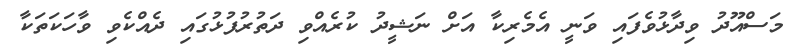
މަސްއޫދު ވިދާޅުވެފައި ވަނީ އެމެރިކާ އަށް ނަޝީދު ކުރެއްވި ދަތުރުފުޅުގައި ދެއްކެވި ވާހަކަތަކާ